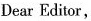
Dear Editor,